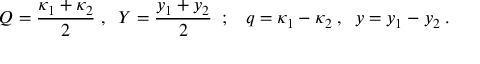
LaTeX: Q = { \frac { \kappa _ { 1 } + \kappa _ { 2 } } { 2 } } \; , \; \; Y = { \frac { y _ { 1 } + y _ { 2 } } { 2 } } \; \; ; \; \; \; q = \kappa _ { 1 } - \kappa _ { 2 } \; , \; \; y = y _ { 1 } - y _ { 2 } \; .